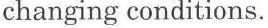
changing conditions.